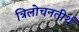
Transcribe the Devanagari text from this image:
त्रिलोचनतीर्थ